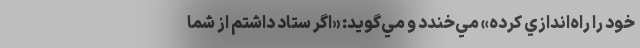
خود را راه‌اندازي كرده» مي‌خندد و مي‌گويد: «اگر ستاد داشتم از شما